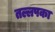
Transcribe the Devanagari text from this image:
तल्लपका